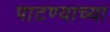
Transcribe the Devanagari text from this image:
पाटण्याच्या